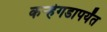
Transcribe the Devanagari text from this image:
कर्‍हेगडापर्यंत